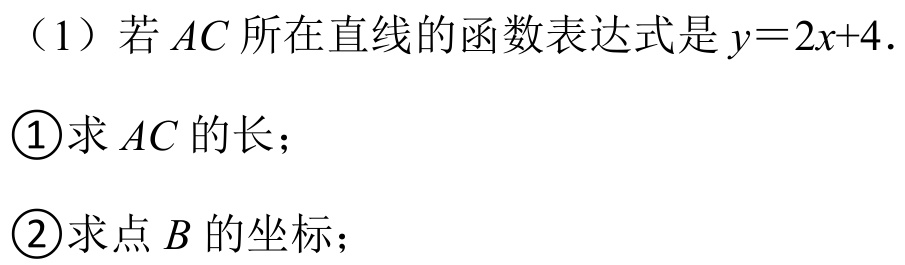
（1）若\(AC\)所在直线的函数表达式是\(y = 2x + 4\).
\textcircled{1}求\(AC\)的长；
\textcircled{2}求点\(B\)的坐标；